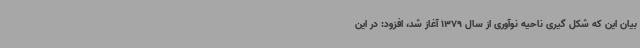
بیان این که شکل گیری ناحیه نوآوری از سال 1379 آغاز شد، افزود: در این